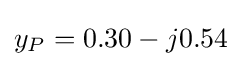
y_{P}=0.30-j0.54